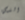
الذي